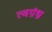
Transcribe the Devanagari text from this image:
त्वग्रंध्र